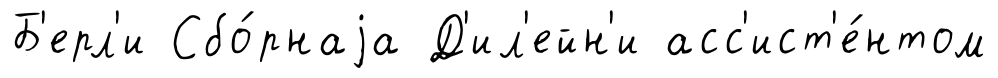
Б'ерл'и Сбо́рнаjа Д'ил'ейн'и асс'ист'е́нтом